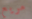
مريع